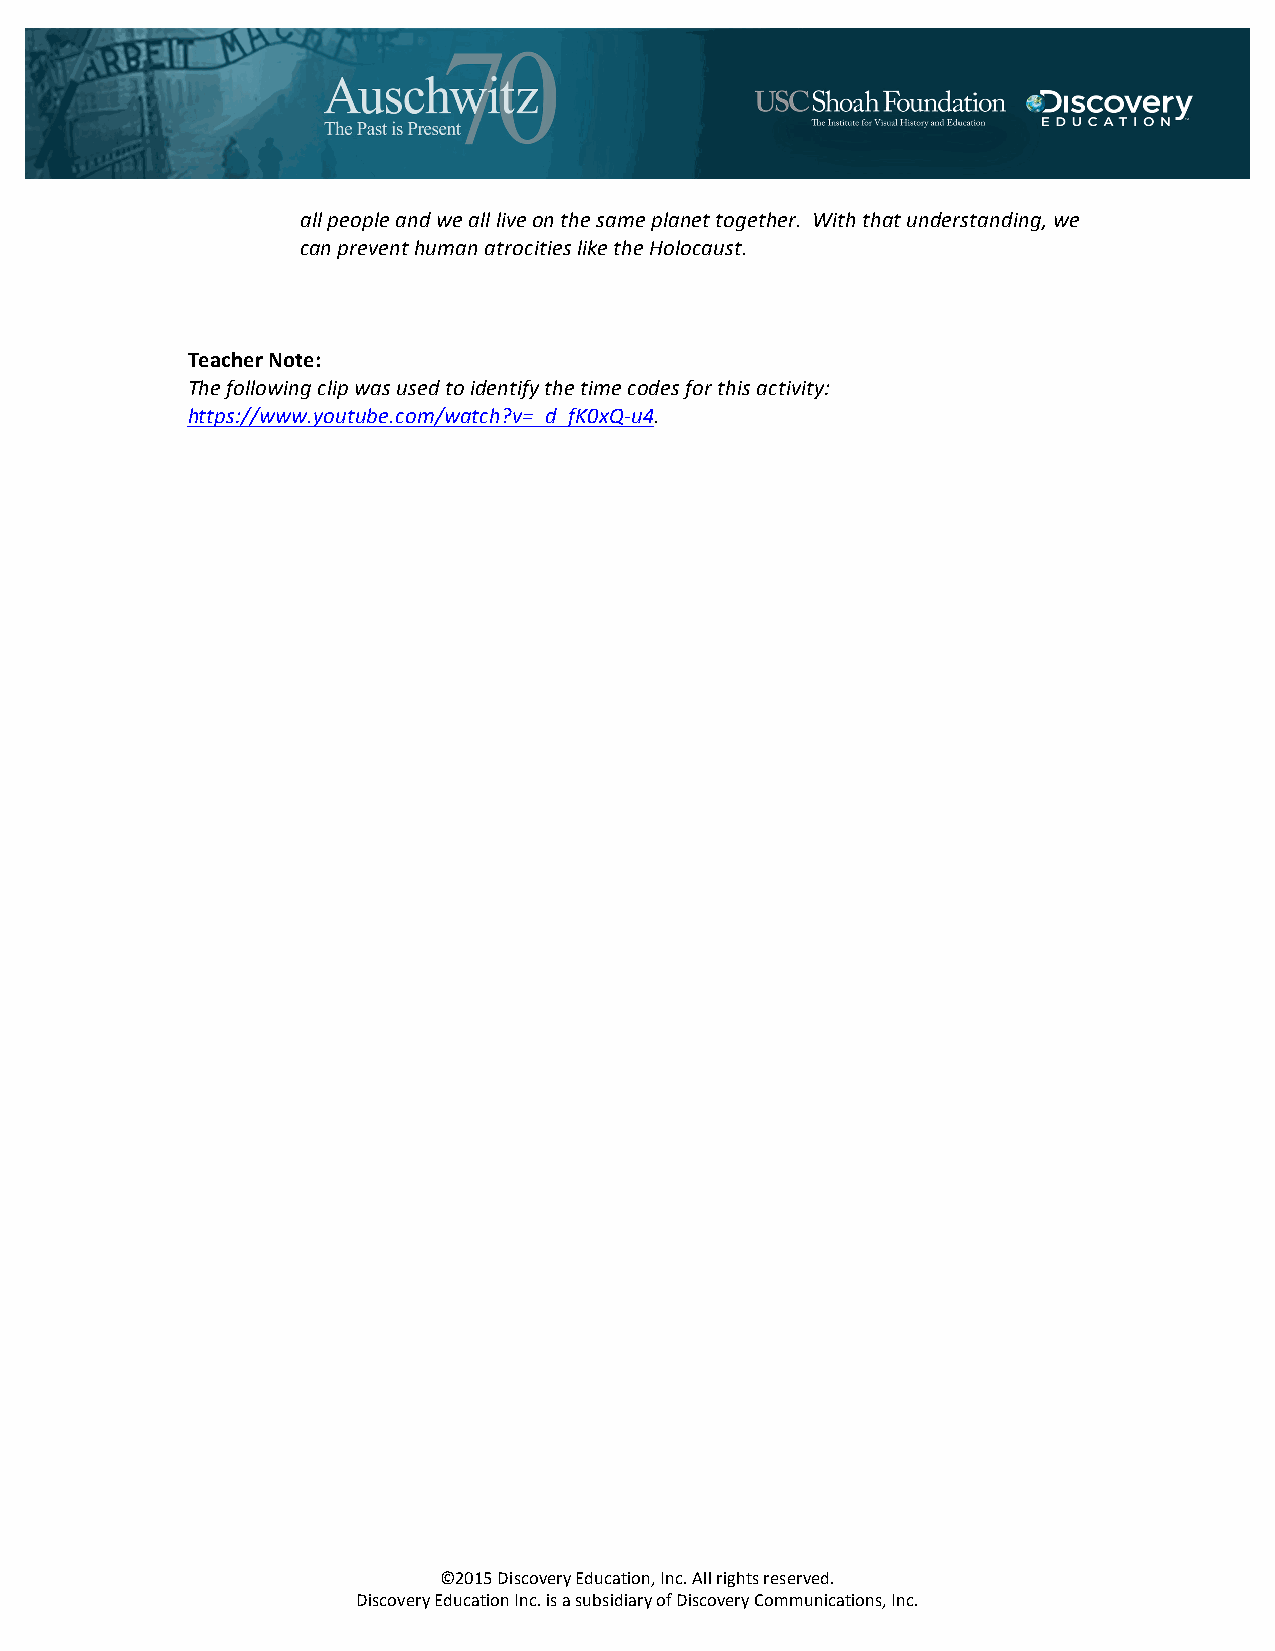
all people and we all live on the same planet together. With that understanding, we
 can prevent human atrocities like the Holocaust.
 Teacher Note:
 The following clip was used to identify the time codes for this activity:
 https://www.youtube.com/watch?v=_d_fK0xQ-­‐u4.
 ©2015 Discovery Education, Inc. All rights reserved.
 Discovery Education Inc. is a subsidiary of Discovery Communications, Inc.